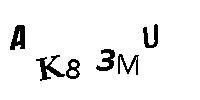
AK83MU